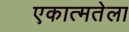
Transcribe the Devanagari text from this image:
एकात्मतेला